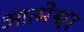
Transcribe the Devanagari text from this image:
आत्मेश्वर